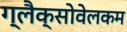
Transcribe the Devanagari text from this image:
ग्लैक्सोवेलकम